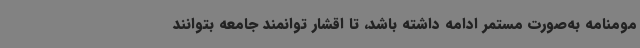
مومنامه به‌صورت مستمر ادامه داشته باشد، تا اقشار توانمند جامعه بتوانند